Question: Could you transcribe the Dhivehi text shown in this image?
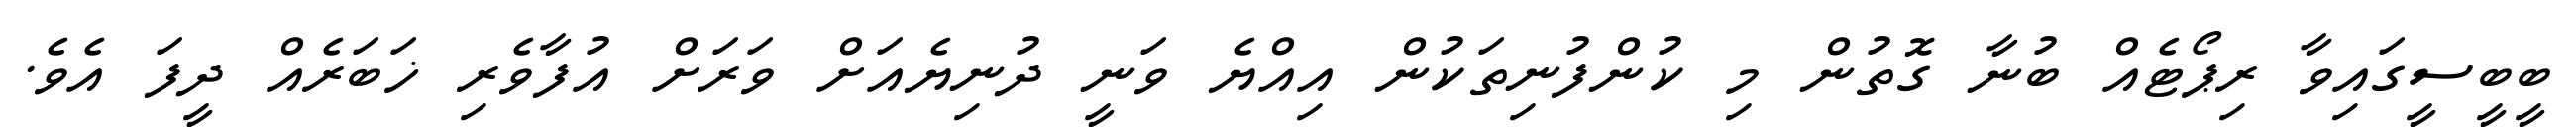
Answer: ބީބީސީގައިވާ ރިޕޯޓެއް ބުނާ ގޮތުން މި ކުންފުނިތަކުން އިއްޔެ ވަނީ ދުނިޔެއަށް ވަރަށް އުފާވެރި ޚަބަރެއް ދީފަ އެވެ.